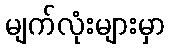
မျက်လုံးများမှာ